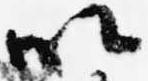
以